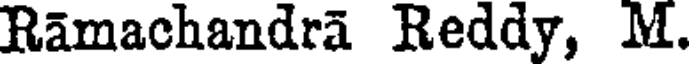
Ramachandra Reddy, M.